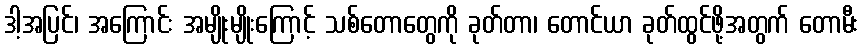
ဒါ့အပြင်၊ အကြောင်း အမျိုးမျိုးကြောင့် သစ်တောတွေကို ခုတ်တာ၊ တောင်ယာ ခုတ်ထွင်ဖို့အတွက် တောမီး